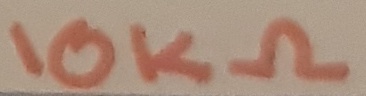
Text: 10KΩ